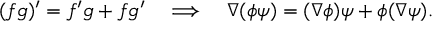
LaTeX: ( f g ) ^ { \prime } = f ^ { \prime } g + f g ^ { \prime } ~ ~ ~ \Longrightarrow ~ ~ ~ \nabla ( \phi \psi ) = ( \nabla \phi ) \psi + \phi ( \nabla \psi ) .